Civil Veterinary Dept. Assam report 1911-1927 - 1911-1927
Year: 1911
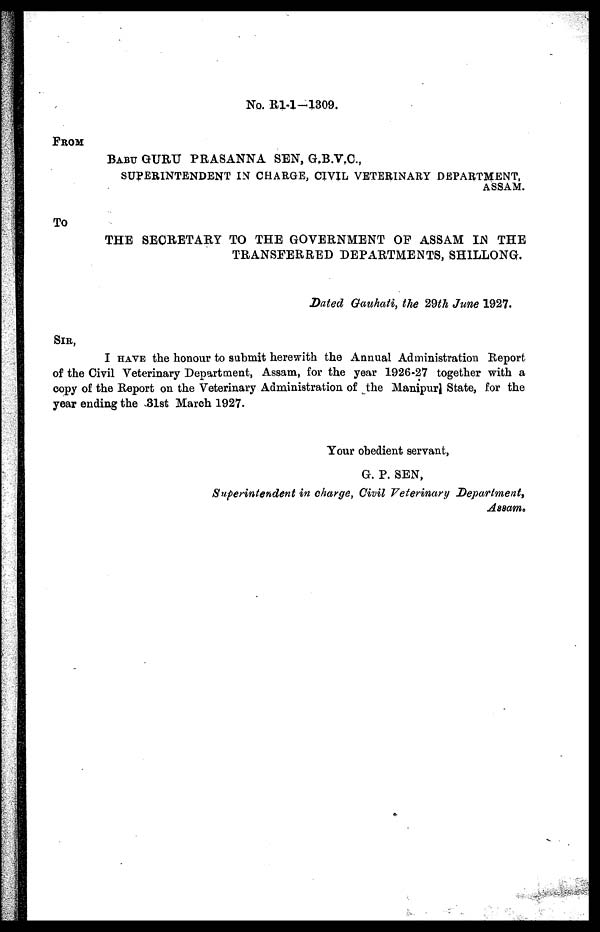
No. R1-1-1309.
FROM
BABU GURU PRASANNA SEN, G.B.V.C.,
SUPERINTENDENT IN CHARGE, CIVIL VETERINARY DEPARTMENT,
ASSAM.
To
THE SECRETARY TO THE GOVERNMENT OF ASSAM IN THE
TRANSFERRED DEPARTMENTS, SHILLONG.
Dated Gauhati, the 29th June 1927.
SIR,
I HAVE the honour to submit herewith the Annual Administration Report
of the Civil Veterinary Department, Assam, for the year 1926-27 together with a
copy of the Report on the Veterinary Administration of the Manipur State, for the
year ending the 31st March 1927.
Your obedient servant,
G. P. SEN,
Superintendent in charge, Civil Veterinary Department,
Assam.